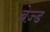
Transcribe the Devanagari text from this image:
ब्रेज़्ड